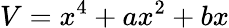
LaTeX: V=x^{4}+ax^{2}+bx